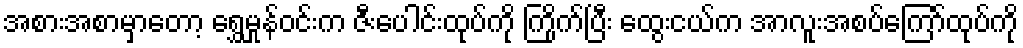
အစားအစာမှာတော့ ရွှေမှုန်ဝင်းက ဇီးပေါင်းထုပ်ကို ကြိုက်ပြီး ထွေးငယ်က အာလူးအစပ်ကြော်ထုပ်ကို